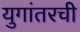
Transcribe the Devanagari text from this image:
युगांतरची